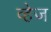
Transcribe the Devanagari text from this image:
व्हेज